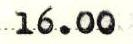
16.00